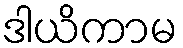
ဒါယိကာမ